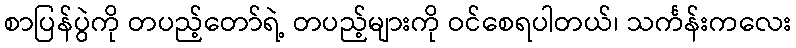
စာပြန်ပွဲကို တပည့်တော်ရဲ့ တပည့်များကို ဝင်စေရပါတယ်၊ သင်္ကန်းကလေး